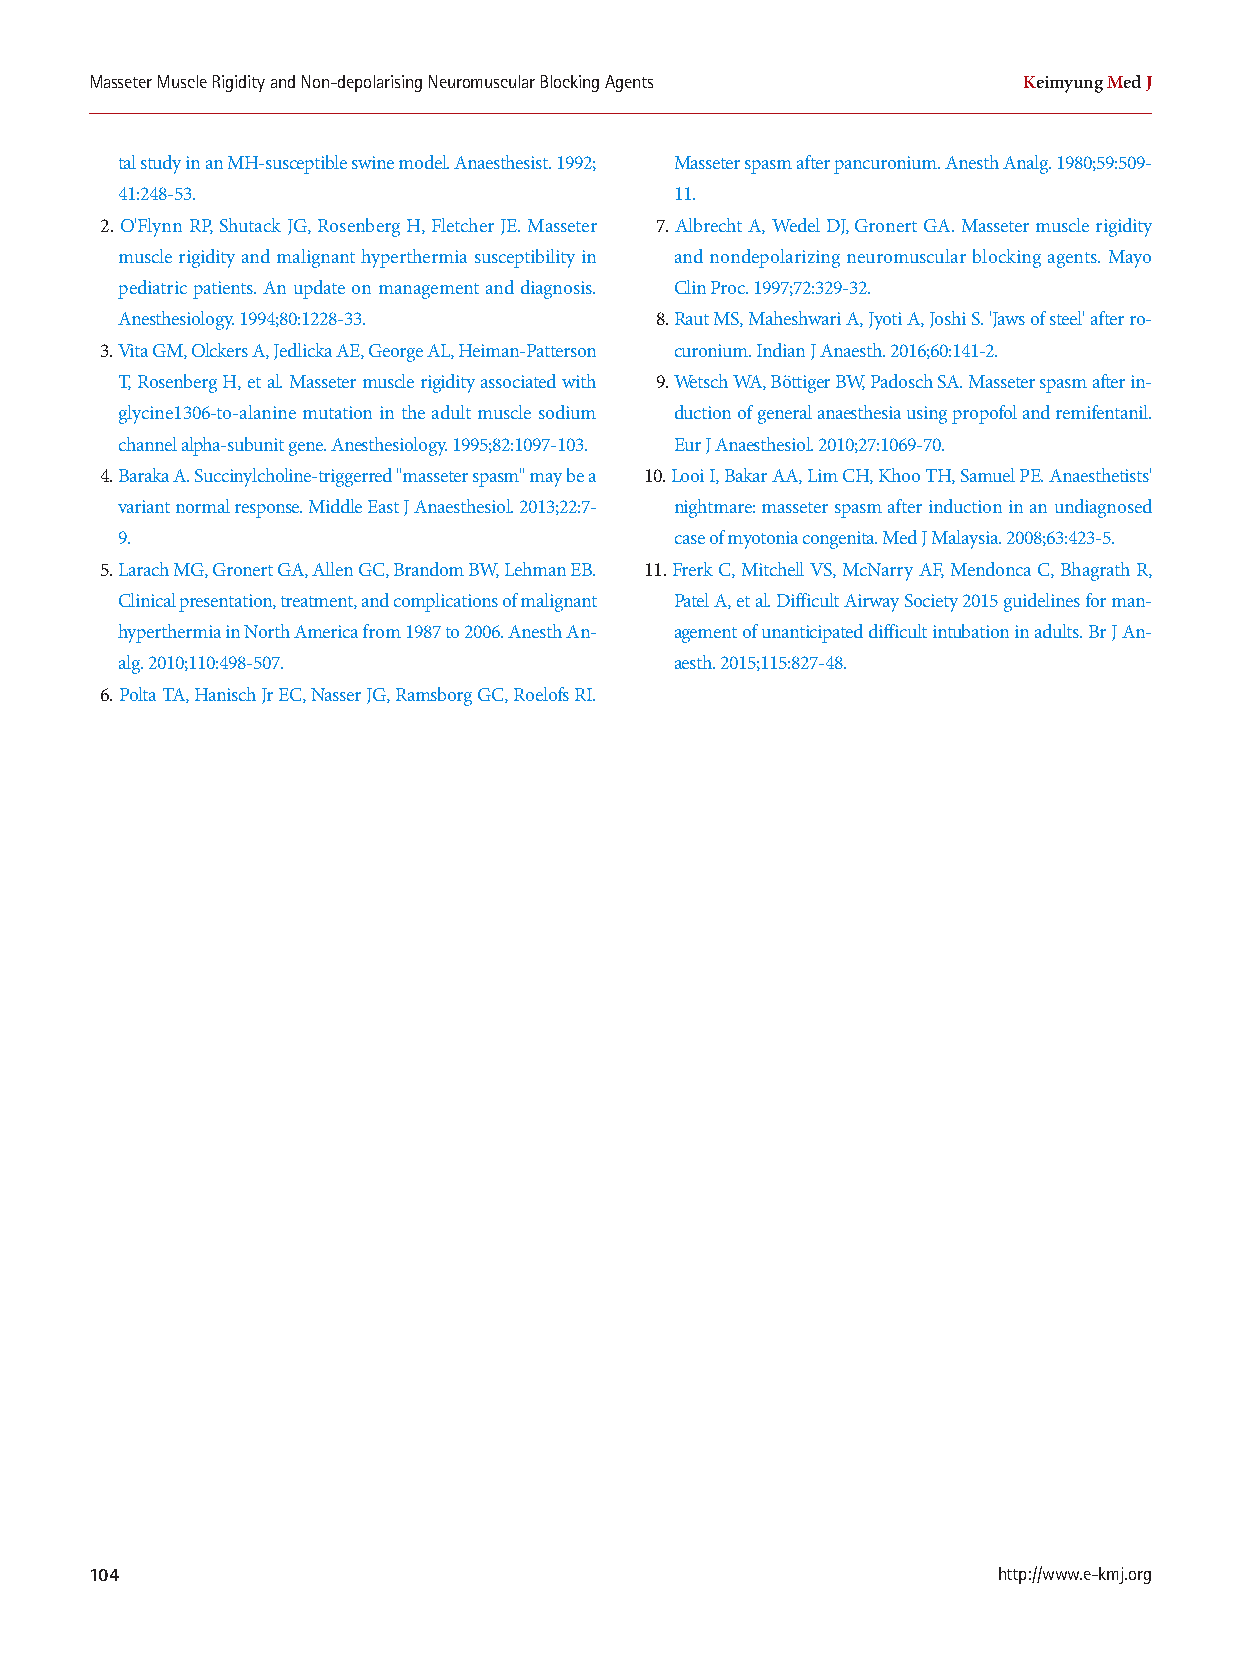
Masseter Muscle Rigidity and Non-depolarising Neuromuscular Blocking Agents Keimyung Med J
 tal study in an MH-susceptible swine model. Anaesthesist. 1992; Masseter spasm after pancuronium. Anesth Analg. 1980;59:509-
 41:248-53.                           11.
 2. O'Flynn RP, Shutack JG, Rosenberg H, Fletcher JE. Masseter 7. Albrecht A, Wedel DJ, Gronert GA. Masseter muscle rigidity
 muscle rigidity and malignant hyperthermia susceptibility in and nondepolarizing neuromuscular blocking agents. Mayo
 pediatric patients. An update on management and diagnosis. Clin Proc. 1997;72:329-32.
 Anesthesiology. 1994;80:1228-33.   8. Raut MS, Maheshwari A, Jyoti A, Joshi S. 'Jaws of steel' after ro-
 3. Vita GM, Olckers A, Jedlicka AE, George AL, Heiman-Patterson curonium. Indian J Anaesth. 2016;60:141-2.
 T, Rosenberg H, et al. Masseter muscle rigidity associated with 9. Wetsch WA, Böttiger BW, Padosch SA. Masseter spasm after in-
 glycine1306-to-alanine mutation in the adult muscle sodium duction of general anaesthesia using propofol and remifentanil.
 channel alpha-subunit gene. Anesthesiology. 1995;82:1097-103. Eur J Anaesthesiol. 2010;27:1069-70.
 4. Baraka A. Succinylcholine-triggerred "masseter spasm" may be a 10. Looi I, Bakar AA, Lim CH, Khoo TH, Samuel PE. Anaesthetists'
 variant normal response. Middle East J Anaesthesiol. 2013;22:7- nightmare: masseter spasm after induction in an undiagnosed
 9.                                   case of myotonia congenita. Med J Malaysia. 2008;63:423-5.
 5. Larach MG, Gronert GA, Allen GC, Brandom BW, Lehman EB. 11. Frerk C, Mitchell VS, McNarry AF, Mendonca C, Bhagrath R,
 Clinical presentation, treatment, and complications of malignant Patel A, et al. Difficult Airway Society 2015 guidelines for man-
 hyperthermia in North America from 1987 to 2006. Anesth An- agement of unanticipated difficult intubation in adults. Br J An-
 alg. 2010;110:498-507.               aesth. 2015;115:827-48.
 6. Polta TA, Hanisch Jr EC, Nasser JG, Ramsborg GC, Roelofs RI.
 104                                                         http://www.e-kmj.org